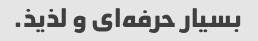
بسیار حرفه‌ای و لذیذ.